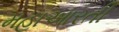
મહાઆરતી